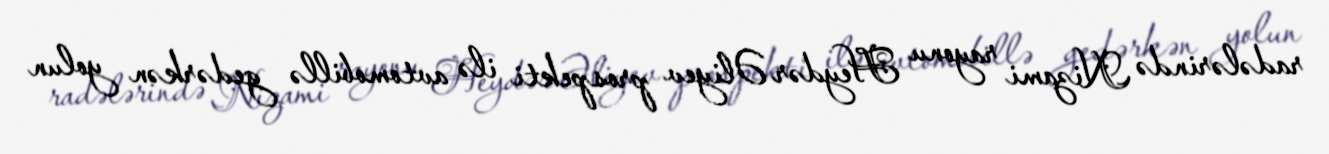
radələrində Nizami rayonu Heydər Əliyev prospekti ilə avtomobillə gedərkən yolun